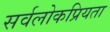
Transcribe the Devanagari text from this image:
सर्वलोकप्रियता